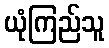
ယုံကြည်သူ